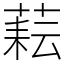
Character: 𦶮